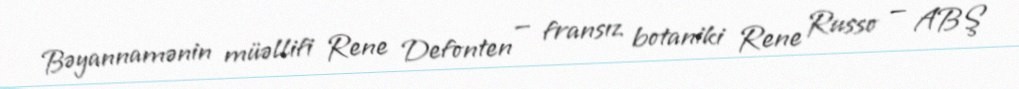
Bəyannamənin müəllifi Rene Defonten — fransız botaniki Rene Russo — ABŞ